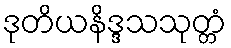
ဒုတိယနိဒ္ဒသသုတ္တံ